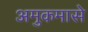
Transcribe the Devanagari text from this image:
अमुकमासे